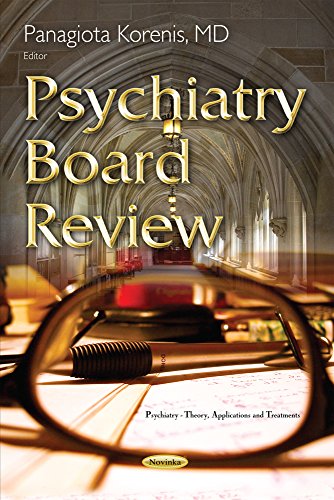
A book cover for Psychiatry Board Review; Medical Books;